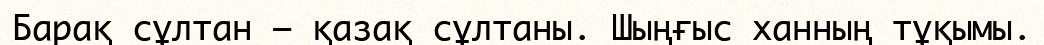
Барақ сұлтан — қазақ сұлтаны. Шыңғыс ханның тұқымы.